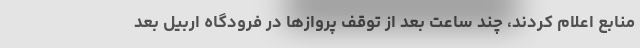
منابع اعلام کردند، چند ساعت بعد از توقف پروازها در فرودگاه اربیل بعد